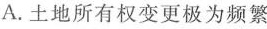
A. 土地所有权变更极为频繁